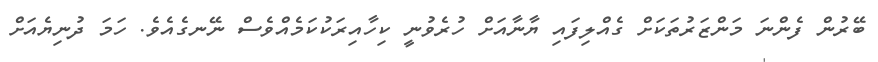
ބޭރުން ފެންނަ މަންޒަރުތަކަށް ގެއްލިފައި ޔާނާއަށް ހުރެވުނީ ކިހާއިރަކުކަމެއްވެސް ނޭނގެއެވެ. ހަމަ ދުނިޔެއަށް